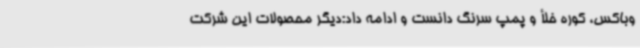
وباکس، کوره خلأ و پمپ سرنگ دانست و ادامه داد:دیگر محصولات این شرکت